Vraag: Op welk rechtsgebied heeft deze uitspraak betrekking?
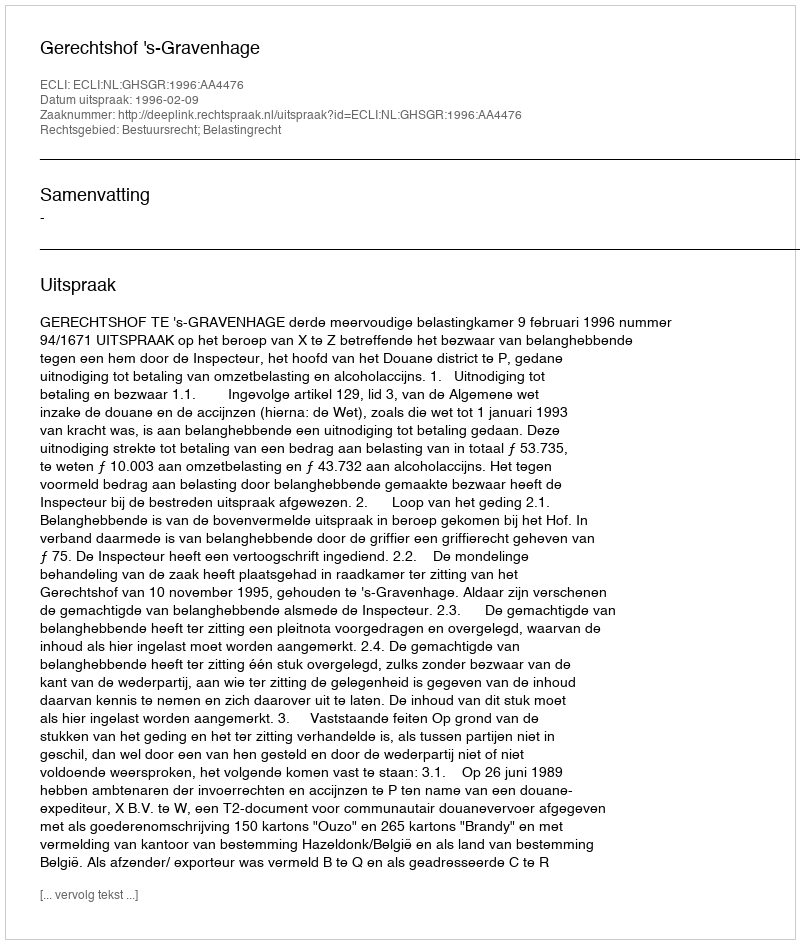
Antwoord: Bestuursrecht; Belastingrecht